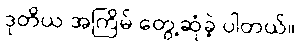
ဒုတိယ အကြိမ် တွေ့ဆုံခဲ့ ပါတယ်။